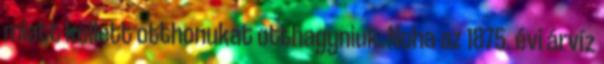
miatt kellett otthonukat otthagyniuk. Noha az 1875. évi árvíz